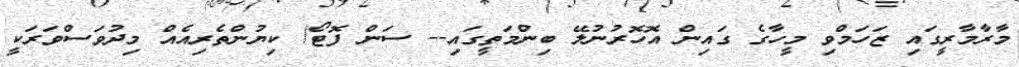
މާރާމާރީގައި ޒަހަމްވި މީހާގެ ގައިން އޮހޮރުނުލޭ ބިންމަތީގައި-- ސަން ފޮޓޯ/ ކިޔުންތެރިއެއް މިދުވަސްވަރަކީ